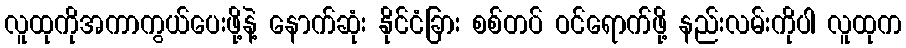
လူထုကိုအကာကွယ်ပေးဖို့နဲ့ နောက်ဆုံး နိုင်ငံခြား စစ်တပ် ဝင်ရောက်ဖို့ နည်းလမ်းကိုပါ လူထုက